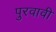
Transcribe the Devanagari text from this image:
पुरवावी